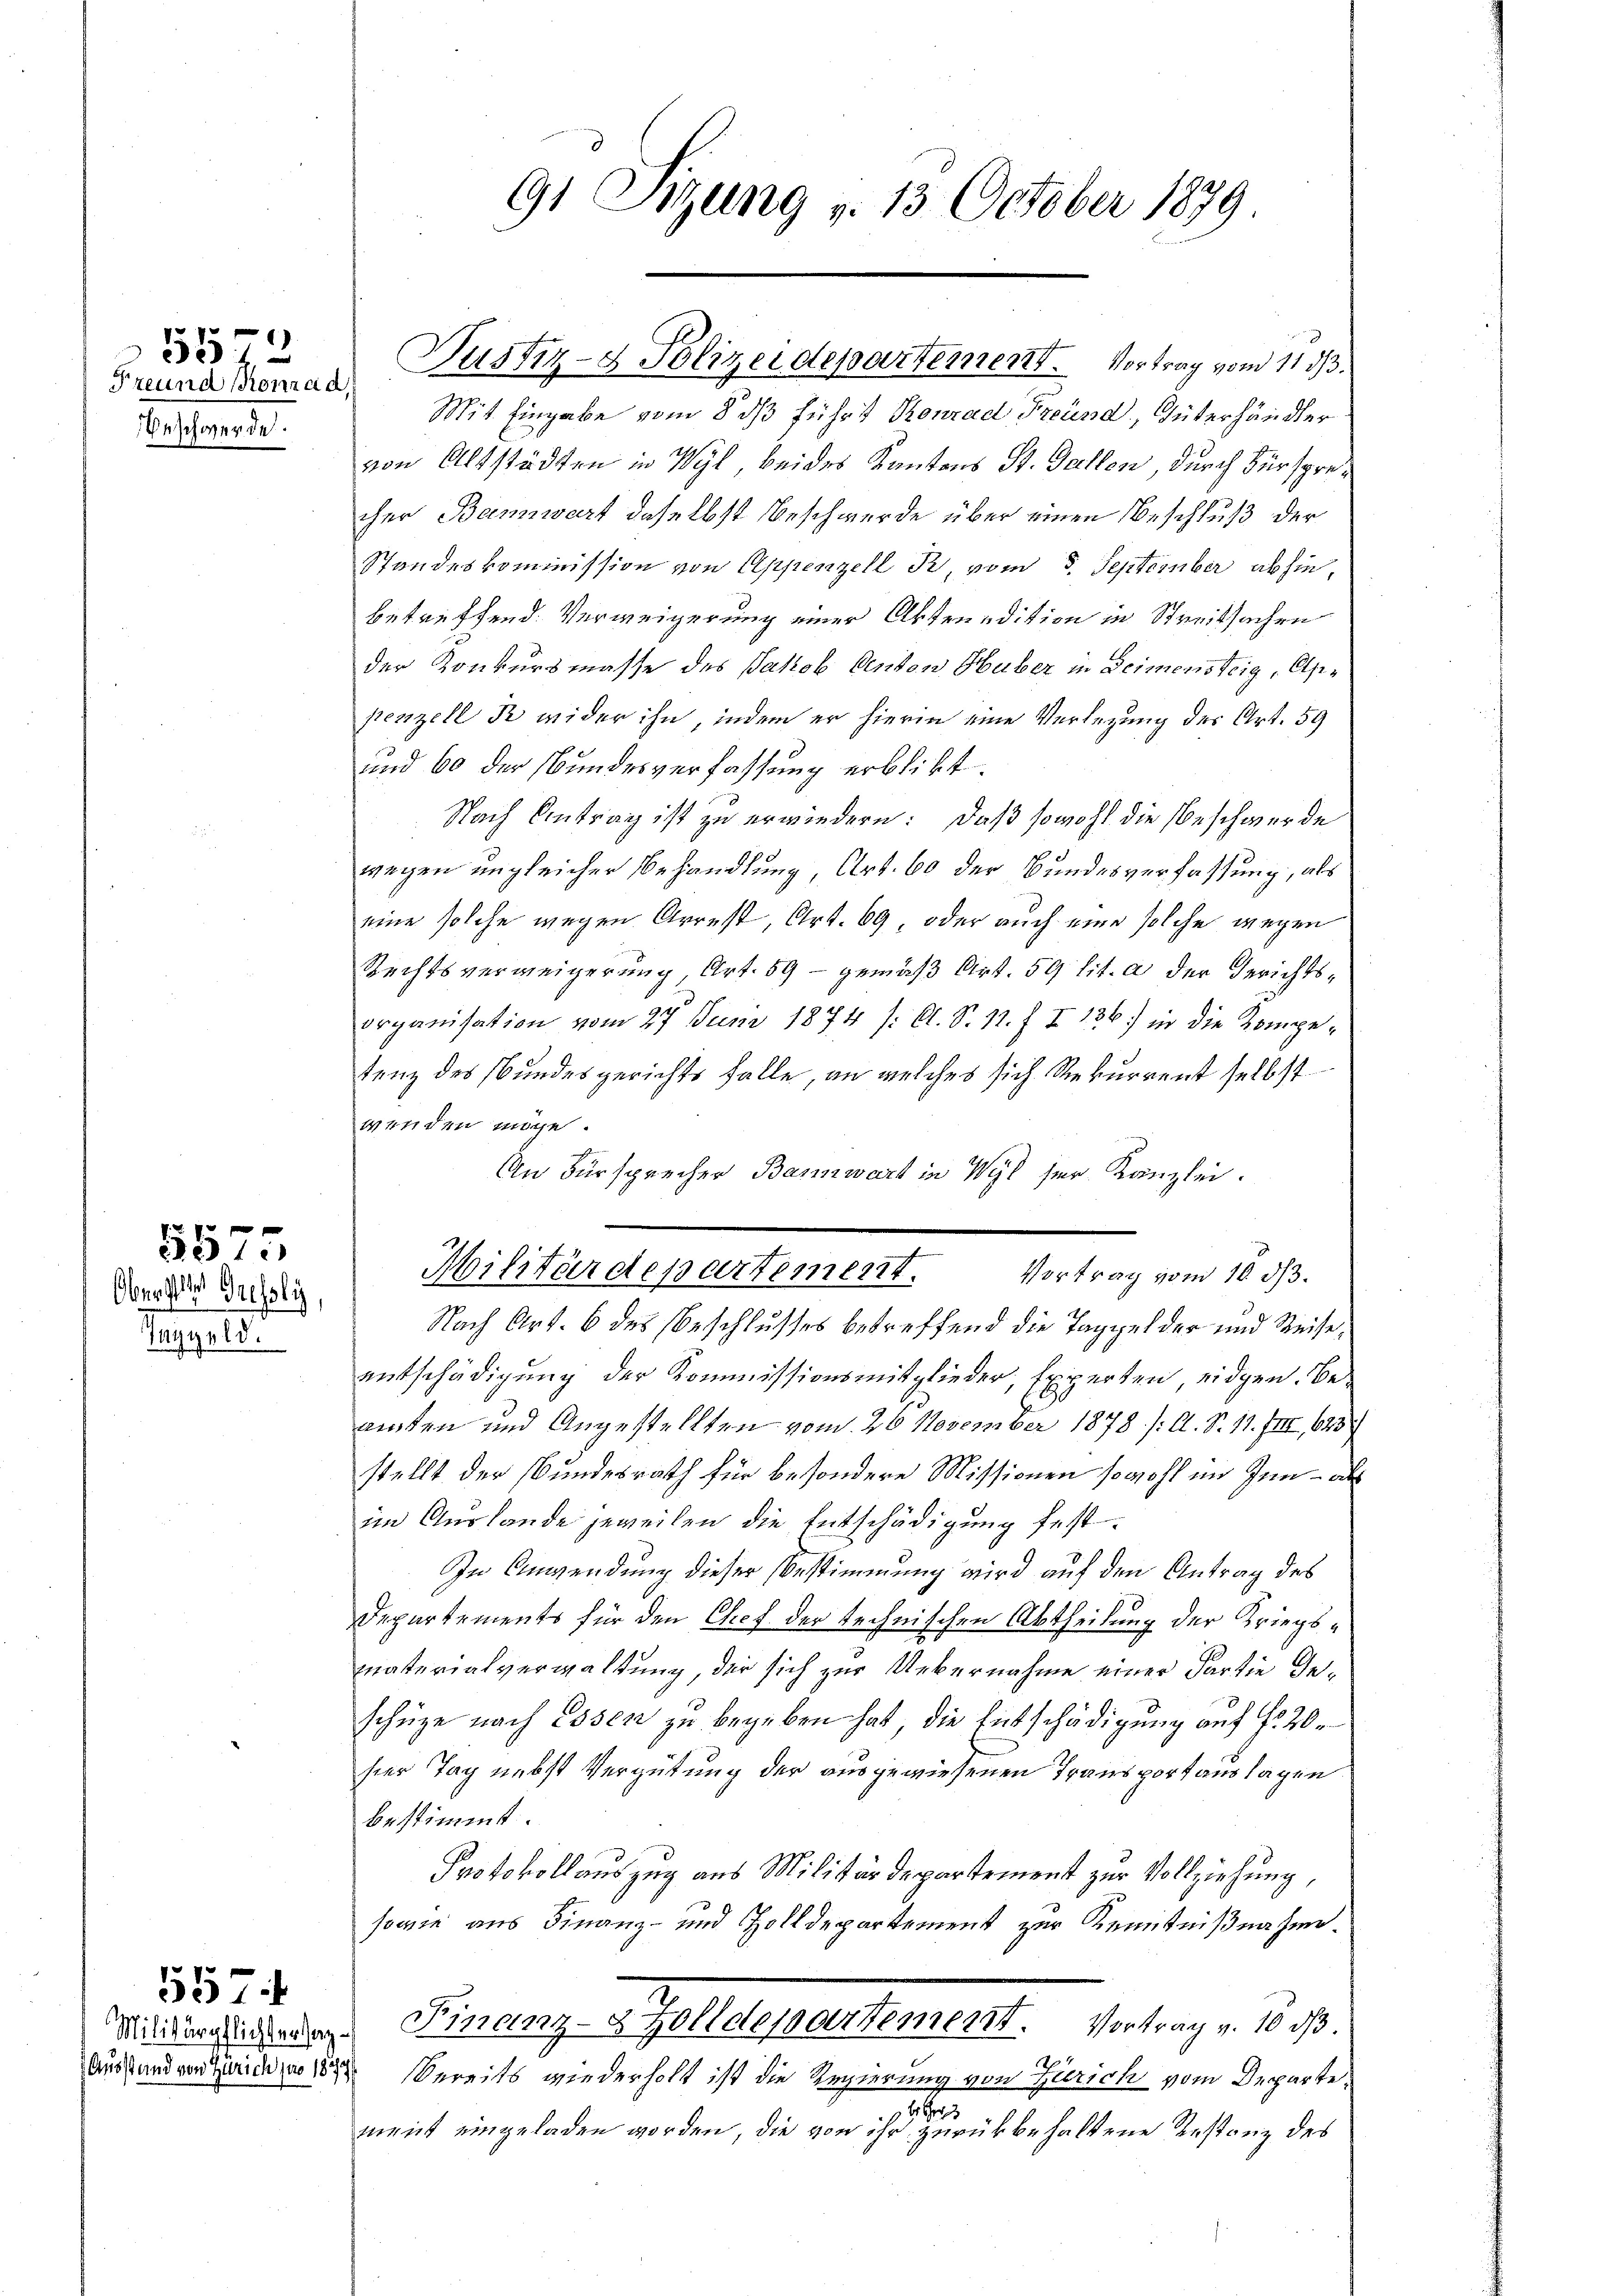
Freund Konrad,
Beschwerde.

5572

5575
Oberste Gresoly,

Taggeld.

5574

Mit Eingabe vom 8. ds führt Konrad Freund, Güterhändler
von Altstädten in Wyl, beides Kantons St. Gallen, durch Fürsprecher Bannwart daselbst Beschwerde über einen Beschluß der
Standeskommission von Appenzell R. vom 5. September abhin,
betreffend. Verweigerung einer Abtrendition in Streitsachen
der Konkursmasse des Jakob Anton Huber in Deimensteig, Alpe
penzell K wider ihn, indem er hierin eine Verlegung des Art. 59
und 60 der Bundesverfassung erblibt.
Nach Antrag ist zu erwiedern: daß sowohl die Beschwerde
wegen ungleicher Behandlung, Art. 60 der Bundesverfassung, als
eine solche wegen Arrest, Art. 69, oder auch eine solche wegen
Rechtsverweigerung, Art. 59 - gemäβ Art. 59 lit. a der Gerichtsorganisation vom 27 Juni 1874 /: C. S. 11. f. I 136) in die Kompetenz des Bundesgerichts falle, an welches sich Rekurrent selbst
wenden möge.
An Fürsprecher Bannwart in Wyl ser Kanzlei.
Nach Art. 6 des Beschlusses betreffend die Taggelder und Weise,
entschädigung der Kommissionsmitglieder, Experten, eidgen. Beainten und Angestellten vom 26. November 1878. /: A. S. 11. III 643
stellt der Bundesrath für besondere Missionen sowohl im Inn- als
im Auslande jeweilen die Entschädigung fest¬
In Anwendung dieser Bestimmung wird auf den Antrag des
Departements für den Chef der technischen Abtheilung der Kriegsmaterialverwaltung, der sich zur Uebernahme einer Partie deschüze nach Essen zu begeben hat, die Entschädigung auf No 20.
sier Tag nebst Vergütung der ausgewiesenen Transportans lagen
bestimmt.
Protokollauszug aus Militärdepartement zur Vollziehung,
sowie aus Finanz- und Zolldepartement zur Kenntnißnahme.
Mildern das Finanz-Zolldepartement. Vortrag v. 18. d.
Austanden Guido 18 bereits wiederholt ist die Regierung von Zürich vom Departe,
t
ment eingeladen worden, die von ihr zurückbehaltene Anstanz des

91 Sitzung v. 13. October 1879

Justiz- & Polizeidepartement. Vortrag vom 11. 33.

Militärdepartement. Vortrag vom 10. dβ.